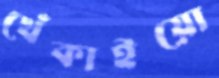
খেঁকাইয়ো